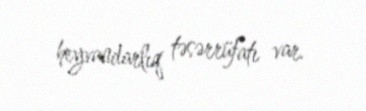
heyvandarlıq təsərrüfatı var.